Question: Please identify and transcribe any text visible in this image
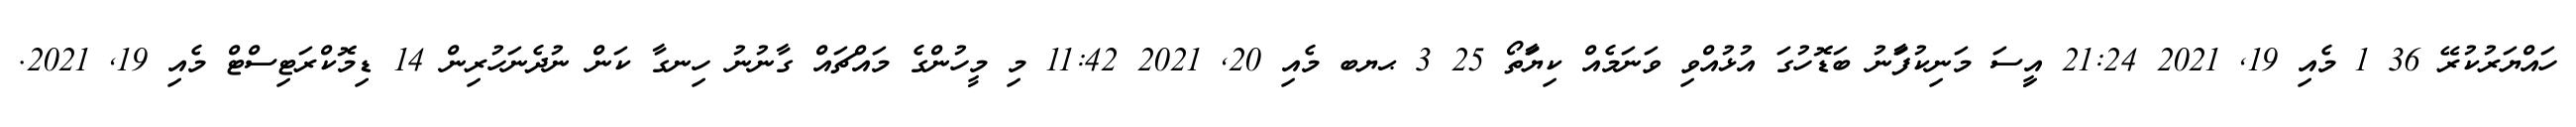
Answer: ހައްޔަރުކުރޭ 36 1 މެއި 19, 2021 21:24 އިީސަ މަނިކުފަާނު ބަޑޮހުގަ އުޅުއްވި ވަނަމެއް ކިޔަާތޯ 25 3 ޙޔބ މެއި 20, 2021 11:42 މި މީހުންގެ މައްޗައް ގާނުނު ހިނގާ ކަން ނުދެނަހުރިން 14 ޑިމޮކްރަޓިސްޓް މެއި 19, 2021.